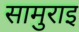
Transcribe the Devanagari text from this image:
सामुराइ